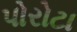
પોરોટા